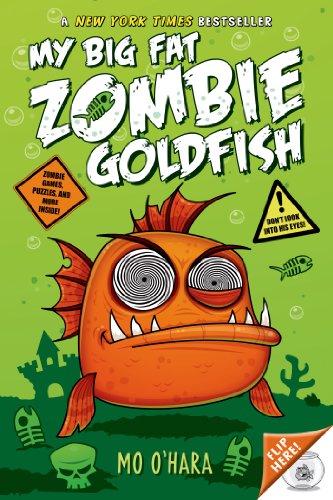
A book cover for My Big Fat Zombie Goldfish; Mo O'Hara; Children's Books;